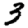
Digit: 3